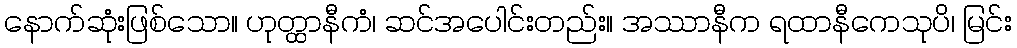
နောက်ဆုံးဖြစ်သော။ ဟုတ္ထာနီကံ၊ ဆင်အပေါင်းတည်း။ အဿာနီက ရထာနီကေသုပိ၊ မြင်း